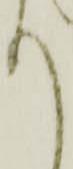
へ